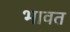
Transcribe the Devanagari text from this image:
भावत